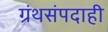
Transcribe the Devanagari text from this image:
ग्रंथसंपदाही